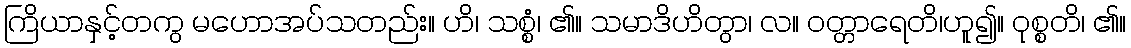
ကြိယာနှင့်တကွ မဟောအပ်သတည်း။ ဟိ၊ သစ္စံ၊ ၏။ သမာဒိဟိတွာ၊ လ။ ဝတ္တာရေတိ၊ဟူ၍။ ဝုစ္စတိ၊ ၏။